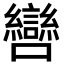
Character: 㘘